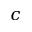
c